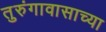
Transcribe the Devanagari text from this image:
तुरुंगावासाच्या